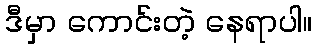
ဒီမှာ ကောင်းတဲ့ နေရာပါ။